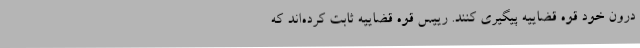
درون خود قوه قضاییه پیگیری کنند. رییس قوه قضاییه ثابت کرده‌اند که